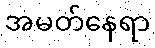
အမတ်နေရာ